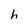
Character: h